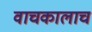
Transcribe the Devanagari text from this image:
वाचकालाच